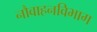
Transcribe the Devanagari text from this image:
नौवाहनविभाग